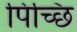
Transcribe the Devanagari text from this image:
पिच्छि